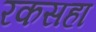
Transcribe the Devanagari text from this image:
रकसहा